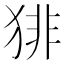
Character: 猅